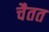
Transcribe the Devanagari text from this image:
चैतत